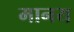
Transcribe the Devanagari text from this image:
मानय